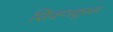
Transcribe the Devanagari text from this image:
शिवणक्लास